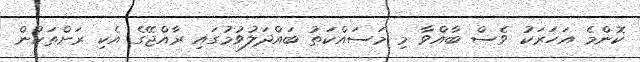
ކޮންމެ އަހަރަކު ވެސް ބާއްވާ މި މަސައްކަތު ބައްދަލުވުމުގައި ރާއްޖޭގެ އެކި ރަށްތަކުން